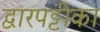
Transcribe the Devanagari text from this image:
द्वारपट्टीका